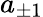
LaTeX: a_{\pm 1}